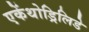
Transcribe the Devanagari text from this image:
एकेंथोड्रिलिडे